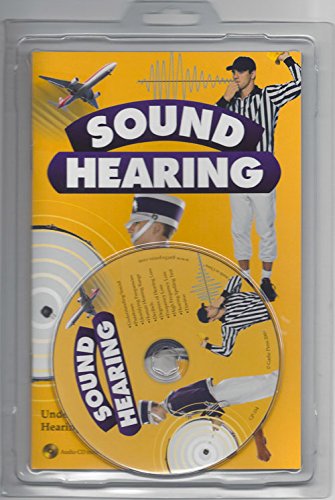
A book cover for Sound Hearing; S. Harold Collins; Health, Fitness & Dieting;